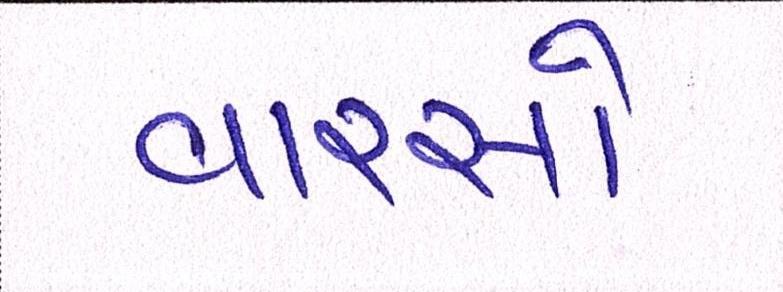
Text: વારસો